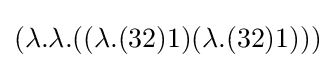
(\lambda .\lambda .((\lambda .(32)1)(\lambda .(32)1)))